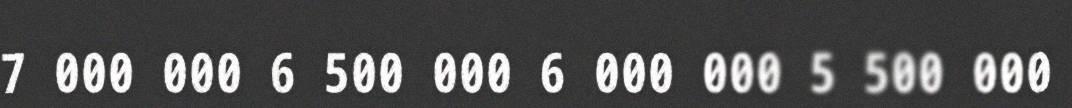
7 000 000 6 500 000 6 000 000 5 500 000